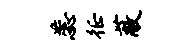
蕊徵蔽